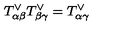
T _ { \alpha \beta } ^ { \vee } T _ { \beta \gamma } ^ { \vee } = T _ { \alpha \gamma } ^ { \vee }